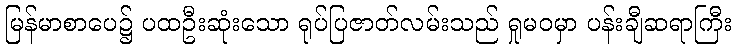
မြန်မာစာပေ၌ ပထဦးဆုံးသော ရုပ်ပြဇာတ်လမ်းသည် ရှုမဝမှာ ပန်းချီဆရာကြီး